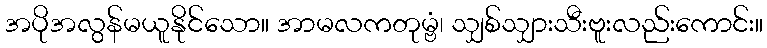
အပိုအလွန်မယူနိုင်သော။ အာမလကတုမ္ဗံ၊ သျှစ်သျှားသီးဗူးလည်းကောင်း။